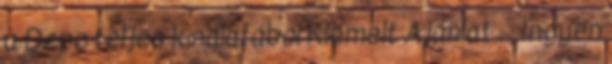
a Depo teljes kínálatából Kiemelt Ajánlat . . Ingyen